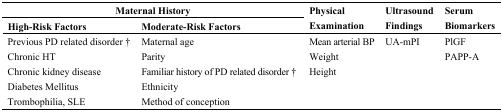
<table><thead><tr><td colspan="2"><b>Maternal History</b></td><td rowspan="2"><b>Physical Examination</b></td><td rowspan="2"><b>Ultrasound Findings</b></td><td rowspan="2"><b>Serum Biomarkers</b></td></tr><tr><td><b> High-Risk Factors</b></td><td><b>Moderate-Risk Factors</b></td></tr></thead><tbody><tr><td>Previous PD related disorder †</td><td>Maternal age </td><td>Mean arterial BP </td><td>UA-mPI</td><td>PlGF </td></tr><tr><td>Chronic HT </td><td>Parity </td><td>Weight </td><td> </td><td>PAPP-A</td></tr><tr><td>Chronic kidney disease </td><td>Familiar history of PD related disorder †</td><td>Height</td><td> </td><td> </td></tr><tr><td>Diabetes Mellitus </td><td>Ethnicity </td><td> </td><td> </td><td> </td></tr><tr><td>Trombophilia, SLE</td><td>Method of conception</td><td> </td><td> </td><td> </td></tr></tbody></table>